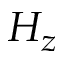
H _ { z }